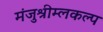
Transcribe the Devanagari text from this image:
मंजुश्रीम्लकल्प